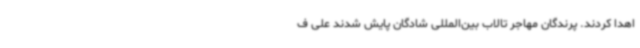
اهدا کردند. پرندگان مهاجر تالاب بین‌المللی شادگان پایش شدند علی ف